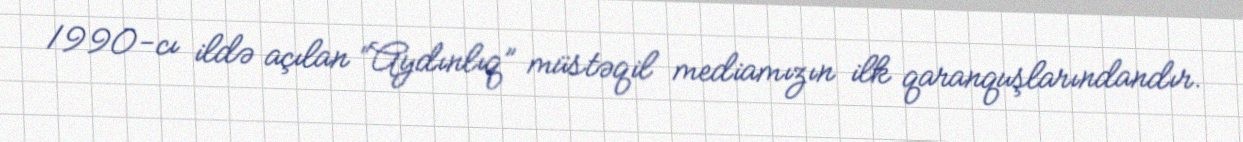
1990-cı ildə açılan “Aydınlıq” müstəqil mediamızın ilk qaranquşlarındandır.